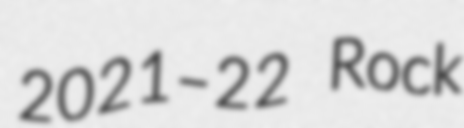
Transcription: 2021–22 Rock